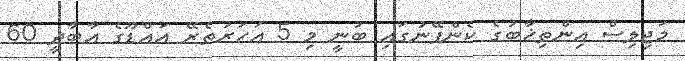
މަޖިލިސް އިންތިޚާބުގެ ކެންޕޭނުގައި ބުނީ މި 5 އަހަރުތެރޭ އައްޑޫގެ އާބާދީ 60